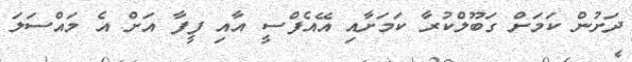
ދަށުން ކަމަށް ގަބޫލްކުރާ ކަމަށާއި އޭއެފްސީ އާއި ފީފާ އަށް އެ މައްސަލަ